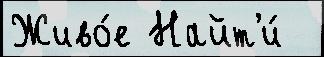
Живо́е Найт'и́